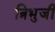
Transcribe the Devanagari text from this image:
त्रिभुजी